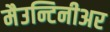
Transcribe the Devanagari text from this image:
मैउन्टिनीअर